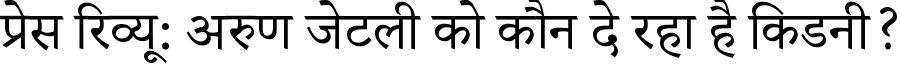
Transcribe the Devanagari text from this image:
प्रेस रिव्यू: अरुण जेटली को कौन दे रहा है किडनी?